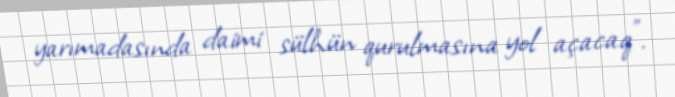
yarımadasında daimi sülhün qurulmasına yol açacaq".